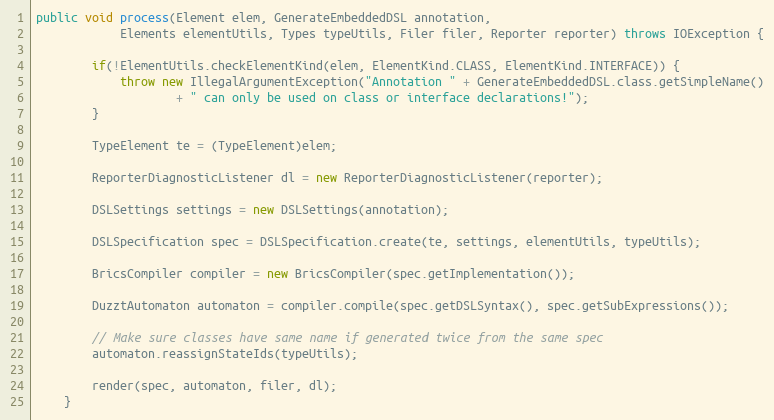
Language: Java
public void process(Element elem, GenerateEmbeddedDSL annotation,
			Elements elementUtils, Types typeUtils, Filer filer, Reporter reporter) throws IOException {

		if(!ElementUtils.checkElementKind(elem, ElementKind.CLASS, ElementKind.INTERFACE)) {
			throw new IllegalArgumentException("Annotation " + GenerateEmbeddedDSL.class.getSimpleName()
					+ " can only be used on class or interface declarations!");
		}

		TypeElement te = (TypeElement)elem;

		ReporterDiagnosticListener dl = new ReporterDiagnosticListener(reporter);

		DSLSettings settings = new DSLSettings(annotation);

		DSLSpecification spec = DSLSpecification.create(te, settings, elementUtils, typeUtils);

		BricsCompiler compiler = new BricsCompiler(spec.getImplementation());

		DuzztAutomaton automaton = compiler.compile(spec.getDSLSyntax(), spec.getSubExpressions());

		// Make sure classes have same name if generated twice from the same spec
		automaton.reassignStateIds(typeUtils);

		render(spec, automaton, filer, dl);
	}